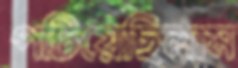
পটিয়েছিলাম